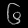
Digit: ၆